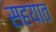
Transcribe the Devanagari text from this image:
सहयात